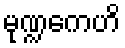
မုဏ္ဍကေဟိ